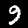
Label: 9